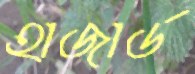
হাজার্ড